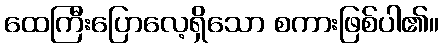
ထေကြီးပြောလေ့ရှိသော စကားဖြစ်ပါ၏။